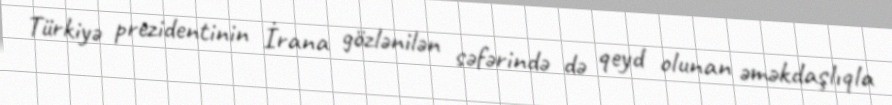
Türkiyə prezidentinin İrana gözlənilən səfərində də qeyd olunan əməkdaşlıqla